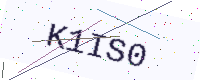
Text: K1IS0